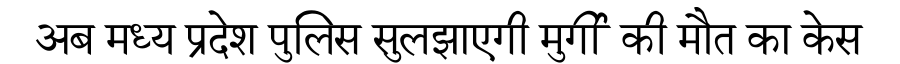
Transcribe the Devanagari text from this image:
अब मध्य प्रदेश पुलिस सुलझाएगी मुर्गी की मौत का केस